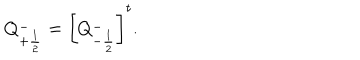
LaTeX: Q _ { + \frac { 1 } { 2 } } ^ { - } = \left[ Q _ { - \frac { 1 } { 2 } } ^ { - } \right] ^ { t } .